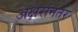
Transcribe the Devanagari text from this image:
अक्षरांनंतर